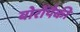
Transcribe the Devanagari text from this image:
बोरोंपैकी